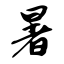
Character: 暑